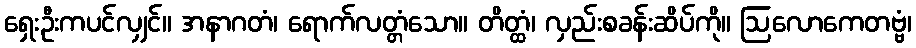
ရှေးဦးကပင်လျှင်။ အနာဂတံ၊ ရောက်လတ္တံသော။ တိတ္ထံ၊ လှည်းစခန်းဆိပ်ကို။ ဩလောကေတဗ္ဗံ၊